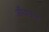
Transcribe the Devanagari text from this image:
औंधाकर